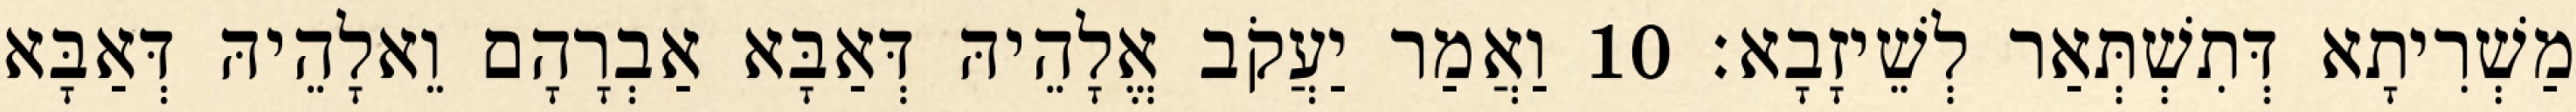
מַשְׁרִיתָא דְּתִשְׁתְּאַר לְשֵׁיזָבָא׃ 10 וַאֲמַר יַעֲקֹב אֱלָהֵיהּ דְּאַבָּא אַבְרָהָם וֵאלָהֵיהּ דְּאַבָּא